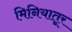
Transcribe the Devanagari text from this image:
मिनियातूर